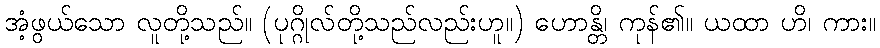
အံ့ဖွယ်သော လူတို့သည်။ (ပုဂ္ဂိုလ်တို့သည်လည်းဟူ။) ဟောန္တိ၊ ကုန်၏။ ယထာ ဟိ၊ ကား။